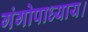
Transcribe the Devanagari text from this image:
गंगोपाध्याय।